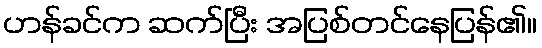
ဟန်ခင်က ဆက်ပြီး အပြစ်တင်နေပြန်၏။